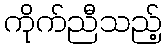
ကိုက်ညီသည့်